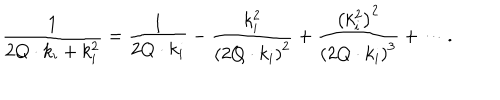
\frac { 1 } { 2 Q \cdot k _ { i } + k _ { i } ^ { 2 } } = \frac { 1 } { 2 Q \cdot k _ { i } } - \frac { k _ { i } ^ { 2 } } { \left( 2 Q \cdot k _ { i } \right) ^ { 2 } } + \frac { \left( k _ { i } ^ { 2 } \right) ^ { 2 } } { \left( 2 Q \cdot k _ { i } \right) ^ { 3 } } + \cdots .